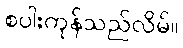
စပါးကုန်သည်လိမ်။